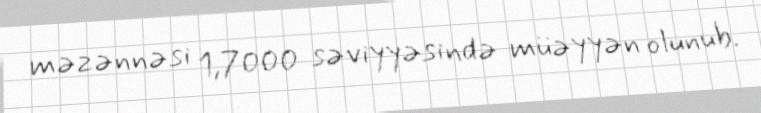
məzənnəsi 1,7000 səviyyəsində müəyyən olunub.